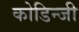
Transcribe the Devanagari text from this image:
कोडिन्जी